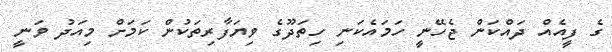
ގެ ފީއެއް ދައްކަން ޖެހޭނީ ހަމައެކަނި ހިތަދޫގެ ވިޔަފާރިތަކުން ކަމަށް މިއަދު ވަނީ